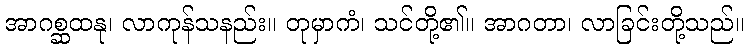
အာဂစ္ဆထနု၊ လာကုန်သနည်း။ တုမှာကံ၊ သင်တို့၏။ အာဂတာ၊ လာခြင်းတို့သည်။